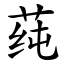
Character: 莼